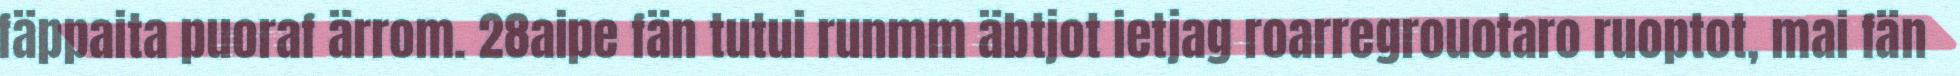
fäppaita puoraf ärrom. 28aipe fän tutui runmm äbtjot ietjag roarregrouotaro ruoptot, mai fän